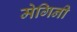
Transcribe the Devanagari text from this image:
मेगिनी